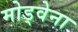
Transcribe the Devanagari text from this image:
मोड्वेना